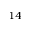
^ { 1 4 }